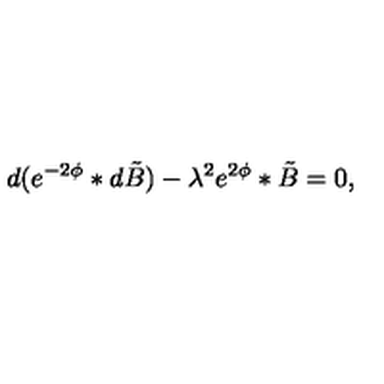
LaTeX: d ( e ^ { - 2 \phi } * d \tilde { B } ) - { \lambda } ^ { 2 } e ^ { 2 \phi } * \tilde { B } = 0 ,